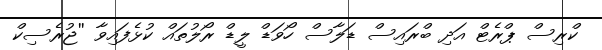
ކްރިސް ޕްރެޓް އަދި ބްރައިސް ޑަލާސް ހޯވަޑް ލީޑް ރޯލުތައް ކުޅެފައިވާ ''ޖުރެސިކް